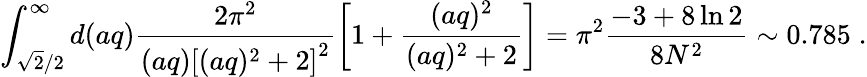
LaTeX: \int_{\sqrt{2}/2}^{\infty}d(aq)\frac{2\pi^{2}}{(aq)\left[(aq)^{2}+2\right]^{2}}\left[1+\frac{(aq)^{2}}{(aq)^{2}+2}\right]=\pi^{2}\frac{-3+8\ln 2}{8N^{2}}\sim 0.785\; .